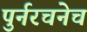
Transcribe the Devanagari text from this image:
पुर्नरचनेच